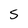
Character: S